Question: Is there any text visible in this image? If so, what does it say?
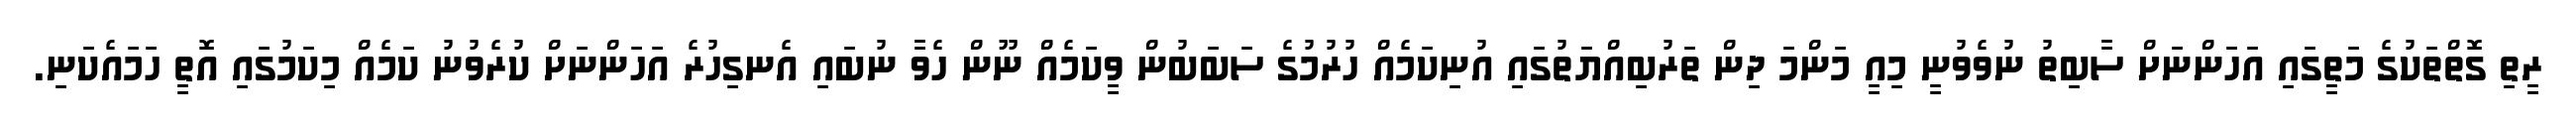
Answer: ރީތި ގޮތްތަކުގެ މަތީގައި އަހަންނަށް ސާބިތު ނުވެވުނީ މިއީ މަންމަ ދިން ތަރުބިއްޔަތުގައި އުނިކަމެއް ހުރުމުގެ ސަބަބުން ވީކަމެއް ނޫން ހެވާ ނުބައި އެނގިހުރެ އަހަންނަށް ކުރެވުނު ކަމެއް މިކަމުގައި އޮތީ ހަމައެކަނި.